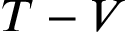
T - V